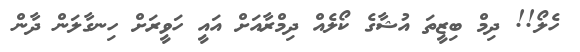
ހެލޯ!! ދިމް ބިޒީތަ އުޝާގެ ކޯލެއް ދިމްރާއަށް އައީ ހަވީރަށް ހިނގާލަން ދާން